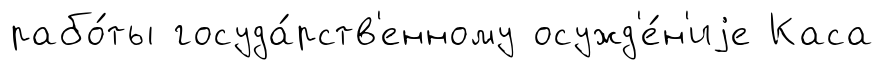
рабо́ты госуда́рств'енному осужд'е́н'иjе Каса